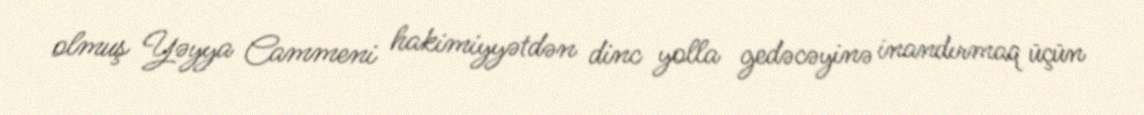
olmuş Yəyya Cammeni hakimiyyətdən dinc yolla gedəcəyinə inandırmaq üçün